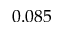
0 . 0 8 5